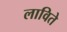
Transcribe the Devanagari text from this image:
लाविते